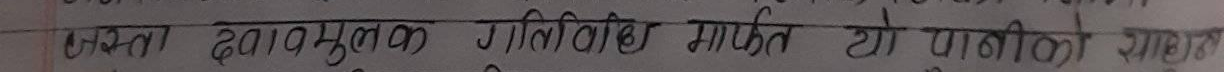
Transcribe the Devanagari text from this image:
उक्त दवामूलक गीतिविधि मार्फत यो पानीको लागि